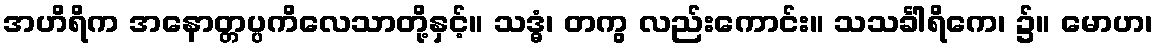
အဟိရိက အနောတ္တပ္ပကိလေသာတို့နှင့်။ သဒ္ဓံ၊ တကွ လည်းကောင်း။ သသင်္ခါရိကေ၊ ၌။ မောဟ၊